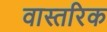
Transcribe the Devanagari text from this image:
वास्तरिक